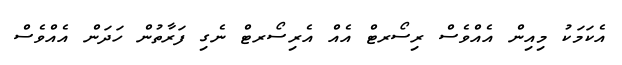
އެކަމަކު މިއިން އެއްވެސް ރިސޯރޓް އެއް އެރިސޯރޓް ނެގި ފަރާތުން ހަދަން އެއްވެސް